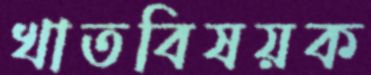
খাতবিষয়ক